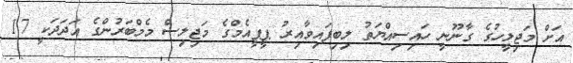
އަށް މަޖިލީހުގެ ގާނޫނީ ހައިސިއްޔަތު ލިބިފައިވާއިރު ޕީޕީއެމްގެ މަޖިލިސް މެމްބަރުންގެ އަދަދަކީ 17